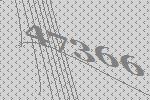
47366